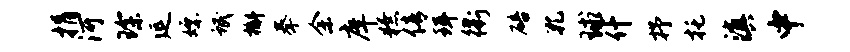
捐河琛延嫖氓槲拳余庠獠倩珥衢碚孔球什抒托滇中